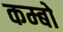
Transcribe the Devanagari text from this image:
कम्बो